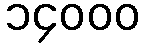
၁၄၀၀၀